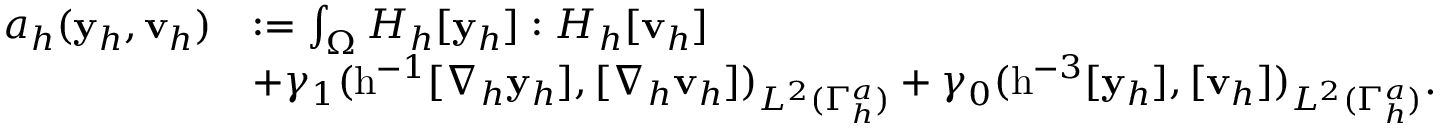
\begin{array} { r l } { a _ { h } ( { \mathbf { y } _ { h } } , \mathbf { v } _ { h } ) } & { : = \int _ { \Omega } H _ { h } [ { \mathbf { y } _ { h } } ] : H _ { h } [ \mathbf { v } _ { h } ] } \\ & { + \gamma _ { 1 } ( \mathrm { h } ^ { - 1 } [ \nabla _ { h } { \mathbf { y } _ { h } } ] , [ \nabla _ { h } \mathbf { v } _ { h } ] ) _ { L ^ { 2 } ( \Gamma _ { h } ^ { a } ) } + \gamma _ { 0 } ( \mathrm { h } ^ { - 3 } [ { \mathbf { y } _ { h } } ] , [ \mathbf { v } _ { h } ] ) _ { L ^ { 2 } ( \Gamma _ { h } ^ { a } ) } . } \end{array}